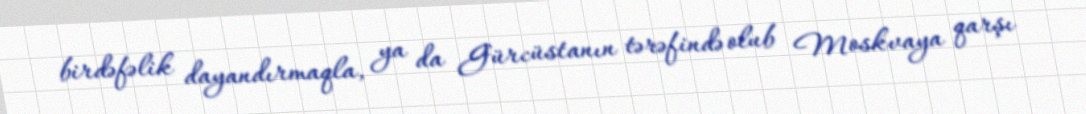
birdəfəlik dayandırmaqla, ya da Gürcüstanın tərəfində olub Moskvaya qarşı